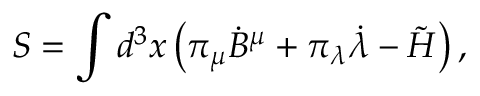
S = \int d ^ { 3 } x \left( \pi _ { \mu } { \dot { B } } ^ { \mu } + \pi _ { \lambda } { \dot { \lambda } } - \tilde { \cal H } \right) ,